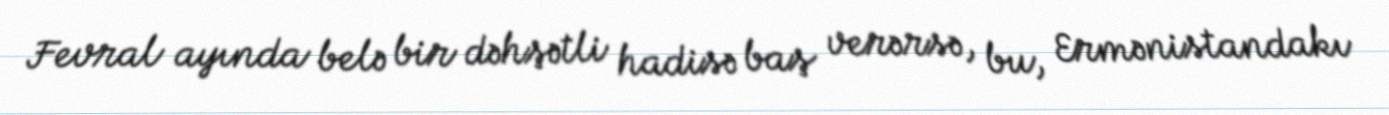
Fevral ayında belə bir dəhşətli hadisə baş verərsə, bu, Ermənistandakı